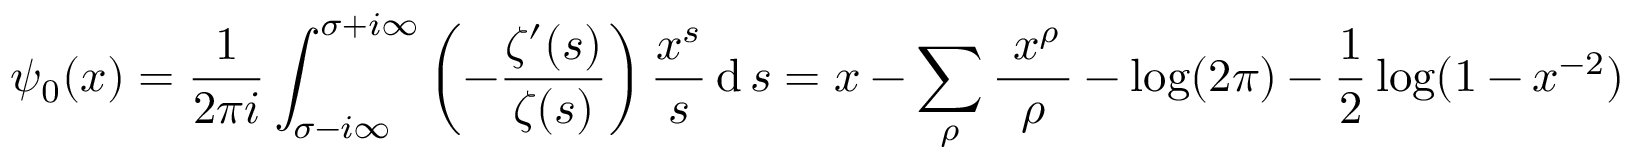
\psi _ { 0 } ( x ) = { \frac { 1 } { 2 \pi i } } \int _ { \sigma - i \infty } ^ { \sigma + i \infty } \left( - { \frac { \zeta ^ { \prime } ( s ) } { \zeta ( s ) } } \right) { \frac { x ^ { s } } { s } } \operatorname { d } s = x - \sum _ { \rho } { \frac { ~ x ^ { \rho } \, } { \rho } } - \log ( 2 \pi ) - { \frac { 1 } { 2 } } \log ( 1 - x ^ { - 2 } )